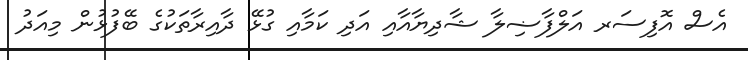
އެސް އޮފިސަރ އަލްފާޟިލާ ޝާދިޔާއާއި އަދި ކަމާއި ގުޅޭ ދާއިރާތަކުގެ ބޭފުޅުން މިއަދު